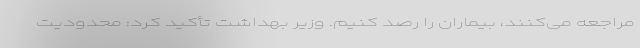
مراجعه می‌‌کنند، بیماران را رصد کنیم. وزیر بهداشت تأکید کرد: محدودیت